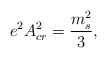
\begin{align*}e^2 A_{cr}^2 = {m_s^2\over 3}, \end{align*}